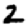
Digit: 2